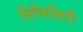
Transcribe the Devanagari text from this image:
सिंप्लिसिटी